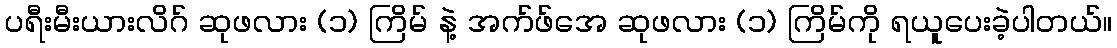
ပရီးမီးယားလိဂ် ဆုဖလား (၁) ကြိမ် နဲ့ အက်ဖ်အေ ဆုဖလား (၁) ကြိမ်ကို ရယူပေးခဲ့ပါတယ်။